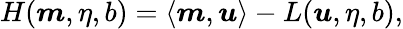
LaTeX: H(\boldsymbol{m},\eta,b)=\langle\boldsymbol{m},\boldsymbol{u}\rangle-L(\boldsymbol{u},\eta,b),